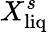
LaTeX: X_{\mathrm{liq}}^{s}